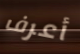
أعرف